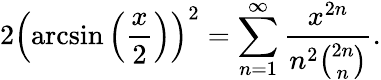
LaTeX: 2\left(\arcsin\left({\frac{x}{2}}\right)\right)^{2}=\sum_{n=1}^{\infty}{\frac{x^{2n}}{n^{2}{\binom{2n}{n}}}}.